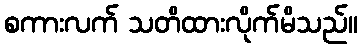
စကားလက် သတိထားလိုက်မိသည်။